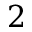
2